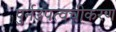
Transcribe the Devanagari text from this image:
पुर्नउपत्वचीकरण